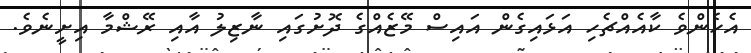
އެހެންވެ ކާއެއްޗެހި އަޅައިގެން އައިސް މޭޒެއްގެ ދޮށުގައި ނާޒިލު އާއި ރޭޝްމާ އިށީނެވެ.